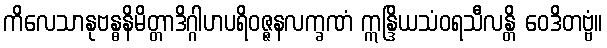
ကိလေသာနုဗန္ဓနိမိတ္တာဒိဂ္ဂါဟပရိဝဇ္ဇနလက္ခဏံ ဣန္ဒြိယသံဝရသီလန္တိ ဝေဒိတဗ္ဗံ။